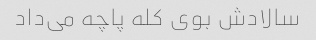
سالادش بوی کله پاچه می‌داد